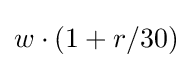
w\cdot \left(1+r/{30}\right)